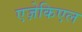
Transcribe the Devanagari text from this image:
एज़ेकिएल